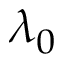
\lambda _ { 0 }